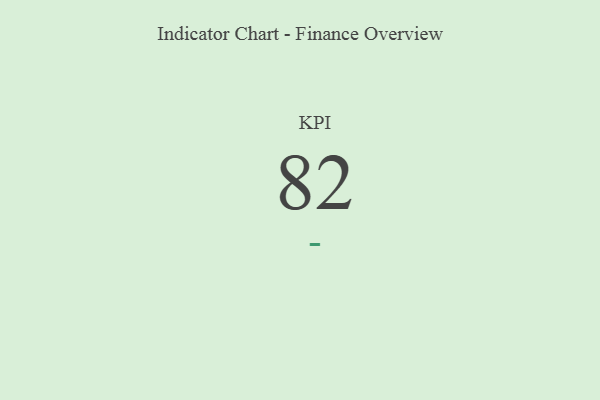
{"axis": {"x": "KPI", "y": "Value"}, "legend": [""], "data": [{"x": "KPI", "y": 82, "type": ""}]}